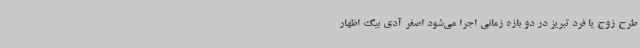
طرح زوج یا فرد تبریز در دو بازه زمانی اجرا می‌شود اصغر آدی بیگ اظهار